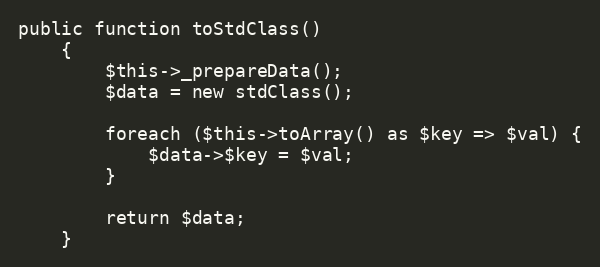
Language: PHP
public function toStdClass()
    {
        $this->_prepareData();
        $data = new stdClass();

        foreach ($this->toArray() as $key => $val) {
            $data->$key = $val;
        }

        return $data;
    }